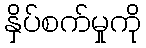
နှိပ်စက်မှုကို